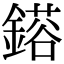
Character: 𮢴